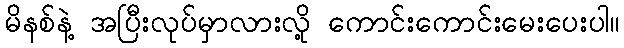
မိနစ်နဲ့ အပြီးလုပ်မှာလားလို့ ကောင်းကောင်းမေးပေးပါ။